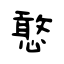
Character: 憨